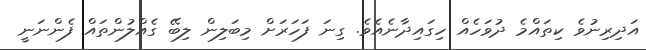
އަދިރިނުވެ ކިތައްމެ ދުވަހެއް ހިގައިދާނެއެވެ. ގިނަ ފަހަރަށް މިބަލިން ލިބޭ ގެއްލުންތައް ފެންނަނީ